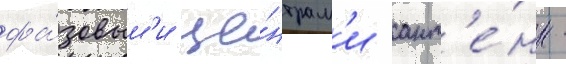
фа́зовым'и це́нтрам'и ант'е́нн -